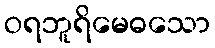
ဝရဘူရိမေဓသော